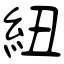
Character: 紐